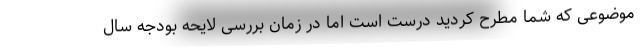
موضوعی که شما مطرح کردید درست است اما در زمان بررسی لایحه بودجه سال